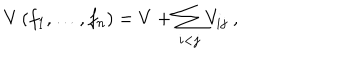
V \left( f _ { 1 } , \dots , f _ { n } \right) = V + \sum _ { i < j } V _ { i j } \ ,